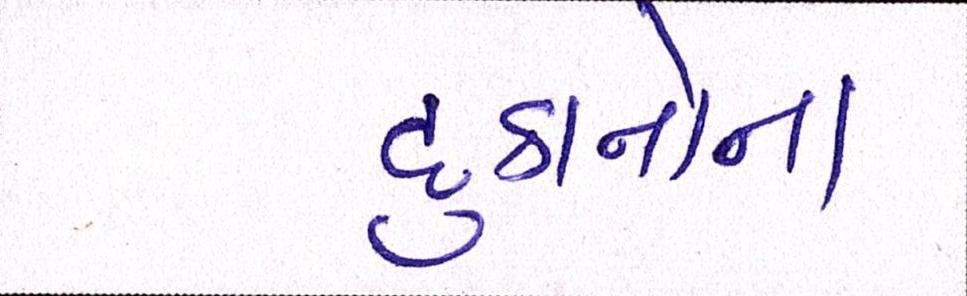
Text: દુકાનોના